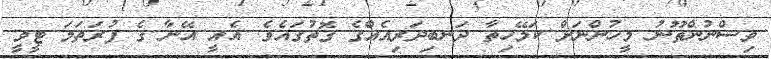
ވިސްނުންތޫނު މީހުންނަށް ކަމޭހިތާ ދަނބިދަރިއެއްގެ ގޮތުގައެވެ. އެއީ އޭނާ ގެ ފުރަތަމަ ޓީވީ